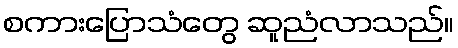
စကားပြောသံတွေ ဆူညံလာသည်။